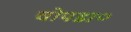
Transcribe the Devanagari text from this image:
चोपडा०